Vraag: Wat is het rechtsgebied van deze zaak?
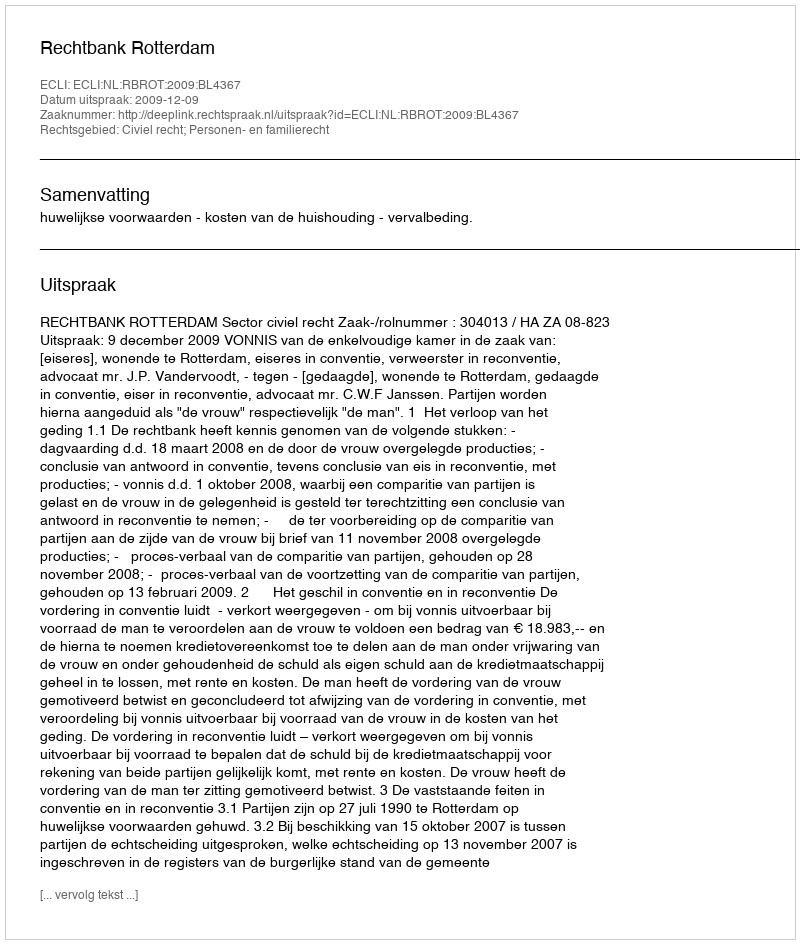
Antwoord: Civiel recht; Personen- en familierecht